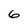
Character: 6